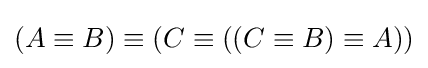
(A\equiv B)\equiv (C\equiv ((C\equiv B)\equiv A))